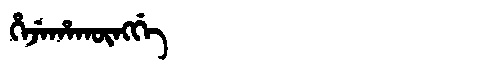
Manchu: ᡥᡝᠵᡝᡥᠠᡴᡡᠩᡤᡝ
Romanization: HEJEHAKŪNGGE